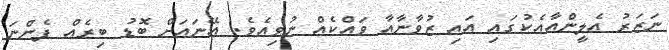
ނަޒަރު އެލީންއާއެކުގައި އައި ޒުވާނާއާ ވައްކެއް ނުވިއެވެ. އޭނައަށް ބޮޑު ބިރެއް ފެންނަ